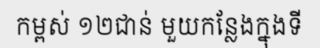
កម្ពស់ ១២ជាន់ មួយកន្លែងក្នុងទី